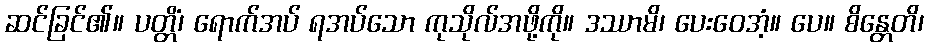
ဆင်ခြင်၏။ ပတ္တိံ၊ ရောက်အပ် ရအပ်သော ကုသိုလ်အဖို့ကို။ ဒဿာမိ၊ ပေးဝေအံ့။ ပေ။ စိန္တေတိ၊